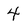
Character: 4